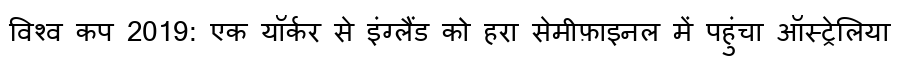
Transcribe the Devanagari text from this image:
विश्व कप 2019: एक यॉर्कर से इंग्लैंड को हरा सेमीफ़ाइनल में पहुंचा ऑस्ट्रेलिया